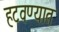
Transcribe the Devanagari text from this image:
हटवण्यात